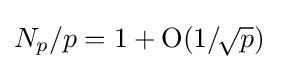
N_{p}/p=1+\mathrm {O} (1/\!{\sqrt {p}})\